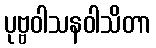
ပုဗ္ဗဝါသနဝါသိတာ